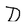
Character: D